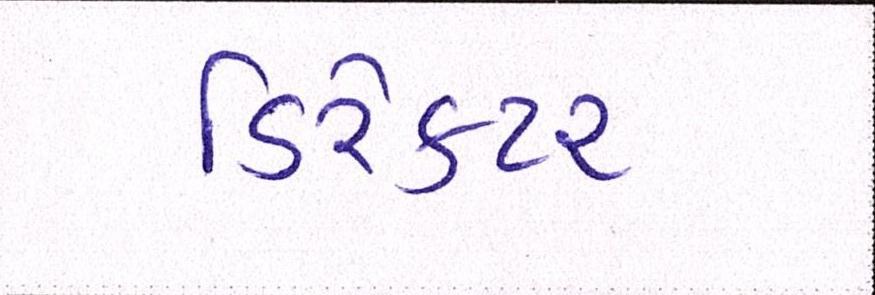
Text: ડિરેક્ટર